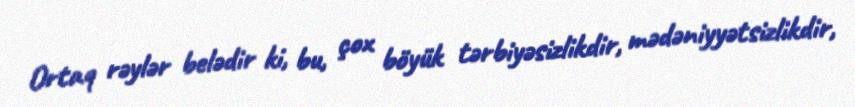
Ortaq rəylər belədir ki, bu, çox böyük tərbiyəsizlikdir, mədəniyyətsizlikdir,